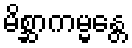
မိစ္ဆာကမ္မန္တေ